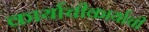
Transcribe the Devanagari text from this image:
कार्याचीकार्याची